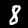
Label: 8